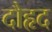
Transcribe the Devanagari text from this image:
दौहृद